Indian journal of veterinary science and animal husbandry - Volume 2,
Year: 1932
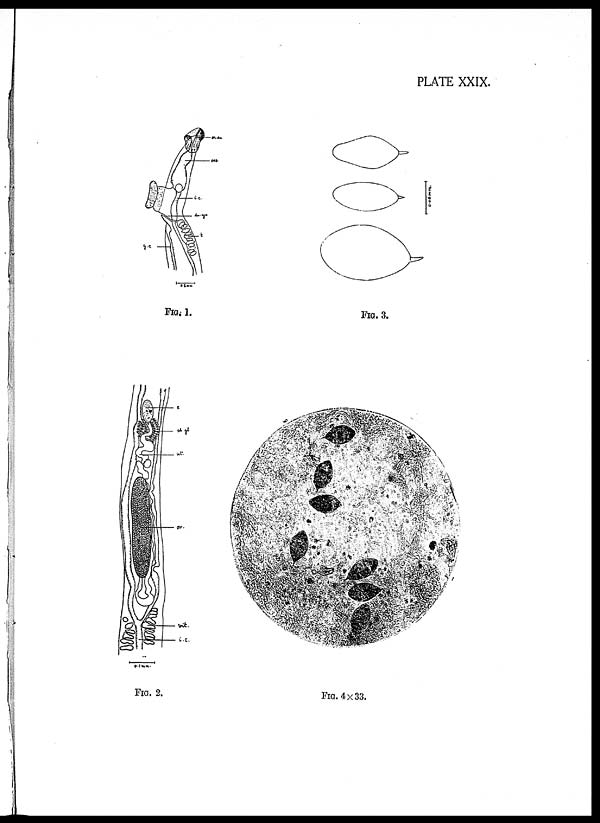
PLATE XXIX.
FIG. 1.
FIG. 2.
FIG. 3.
FIG. 4 × 33.